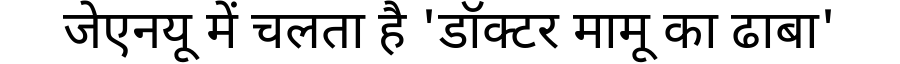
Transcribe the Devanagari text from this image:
जेएनयू में चलता है 'डॉक्टर मामू का ढाबा'